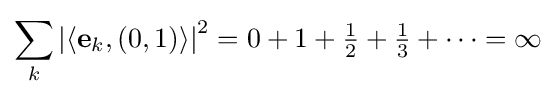
\sum _{k}\left|\langle \mathbf {e} _{k},(0,1)\rangle \right|^{2}=0+1+{\tfrac {1}{2}}+{\tfrac {1}{3}}+\dotsb =\infty